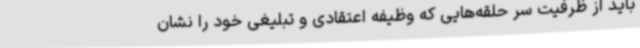
باید از ظرفیت سر حلقه‌هایی که وظیفه اعتقادی و تبلیغی خود را نشان